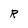
Character: R